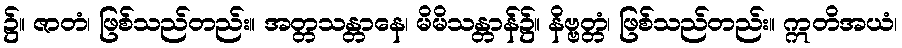
၌။ ဇာတံ၊ ဖြစ်သည်တည်း။ အတ္တသန္တာနေ၊ မိမိသန္တာန်၌။ နိဗ္ဗတ္တံ၊ ဖြစ်သည်တည်း။ ဣတိအယံ၊